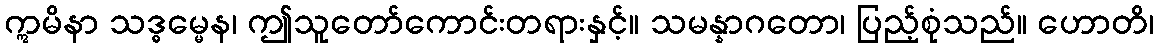
ဣမိနာ သဒ္ဓမ္မေန၊ ဤသူတော်ကောင်းတရားနှင့်။ သမန္နာဂတော၊ ပြည့်စုံသည်။ ဟောတိ၊